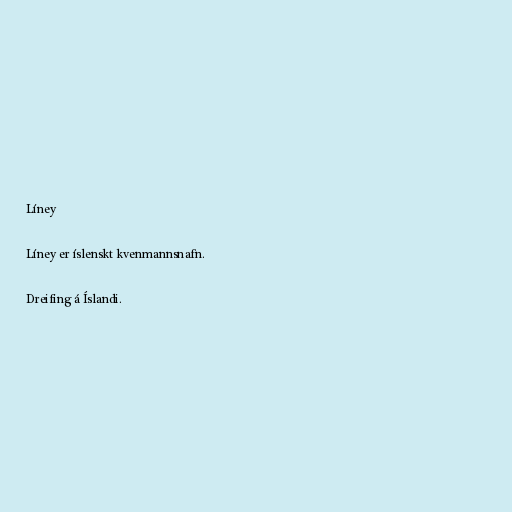
Líney

Líney er íslenskt kvenmannsnafn.

Dreifing á Íslandi.